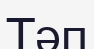
Тәп